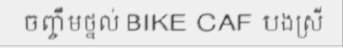
ចញ្ចឹមថ្នល់ BIKE CAF បងស្រី